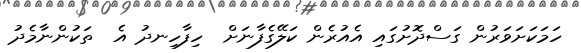
ހަމަކަށަވަރުން ގަސްދޮށުގައި އެއުރެން ކަލޭގެފާނަށް  ހިފާހިނދު އެ  ތަކުންނާމެދު